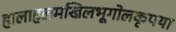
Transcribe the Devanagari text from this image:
हालाहलमखिलभूगोलकृपया